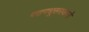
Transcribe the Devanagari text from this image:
परागधूसराकारो